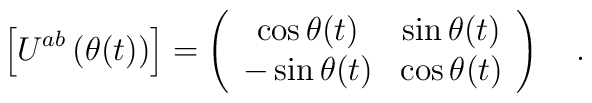
\left[U^{ab}\left(\theta(t)\right)\right]=\left(\begin{array}{c c}	\cos\theta(t) & \sin\theta(t) \\	-\sin\theta(t) & \cos\theta(t) 	\end{array}\right)\ \ \ .